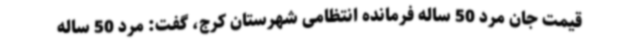
قیمت جان مرد 50 ساله فرمانده انتظامی شهرستان کرج، گفت: مرد 50 ساله